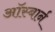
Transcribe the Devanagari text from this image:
ऑस्बार्न